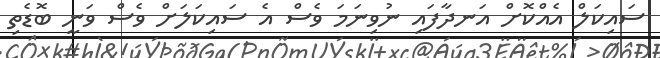
ސައިކަލް އެއްކޮށް އަނދާފައި ނުވިނަމަ ވެސް އެ ސައިކަލަށް ވެސް ވަނީ ބޮޑެތި